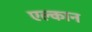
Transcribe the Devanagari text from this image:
एल्कान